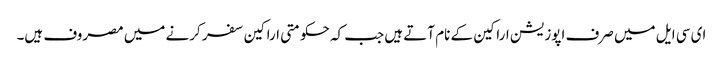
ای سی ایل میں صرف اپوزیشن اراکین کے نام آتے ہیں جب کہ حکومتی اراکین سفر کرنے میں مصروف ہیں۔